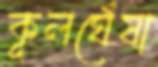
কূলঘেঁষা